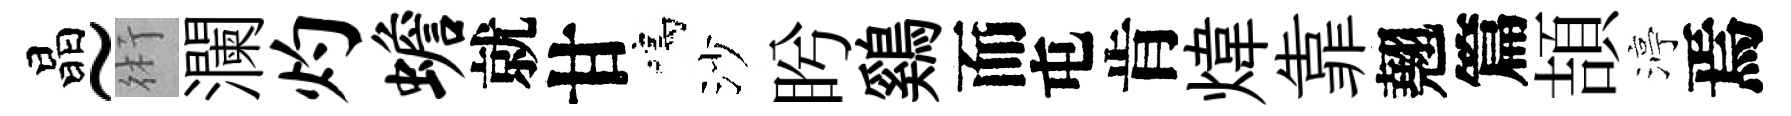
晶~術瀾灼蟾就甘鳴沙盻鷄而屯肯煒靠翹篇頡渟焉